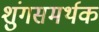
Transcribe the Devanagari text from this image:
शुंगसमर्थक